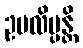
ဥပလိပ္ပန္တိ